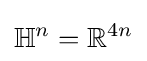
{\mathbb {H} }^{n}={\mathbb {R} }^{4n}